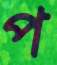
প